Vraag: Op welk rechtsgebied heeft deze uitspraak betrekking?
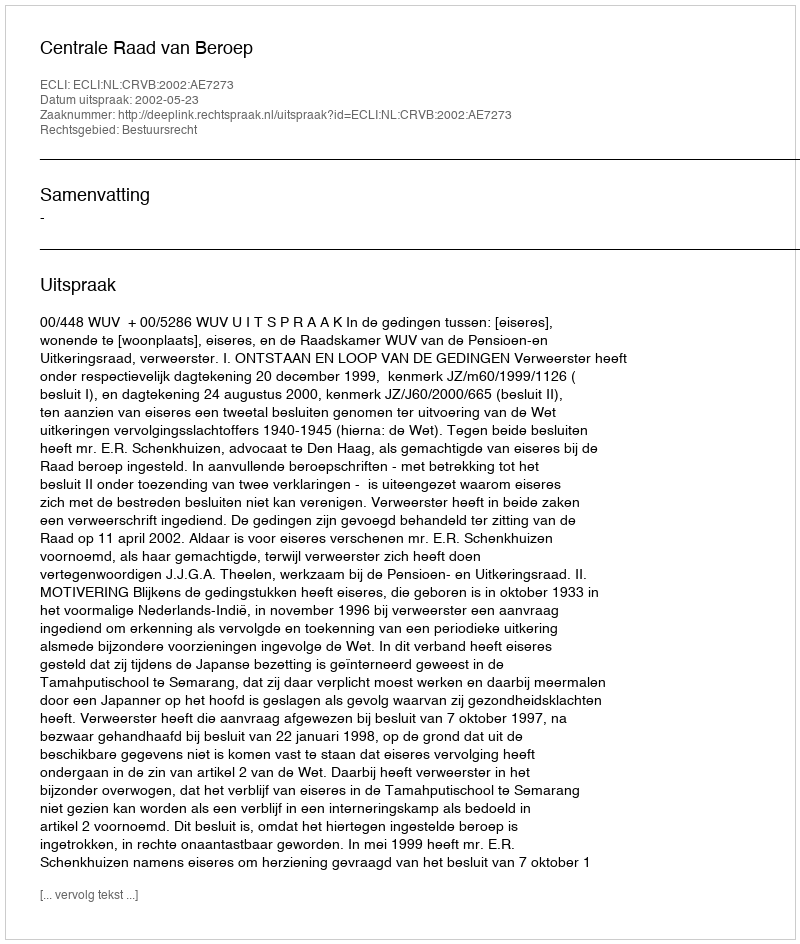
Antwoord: Bestuursrecht